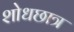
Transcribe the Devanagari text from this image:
शोधछात्र